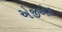
એજીએક